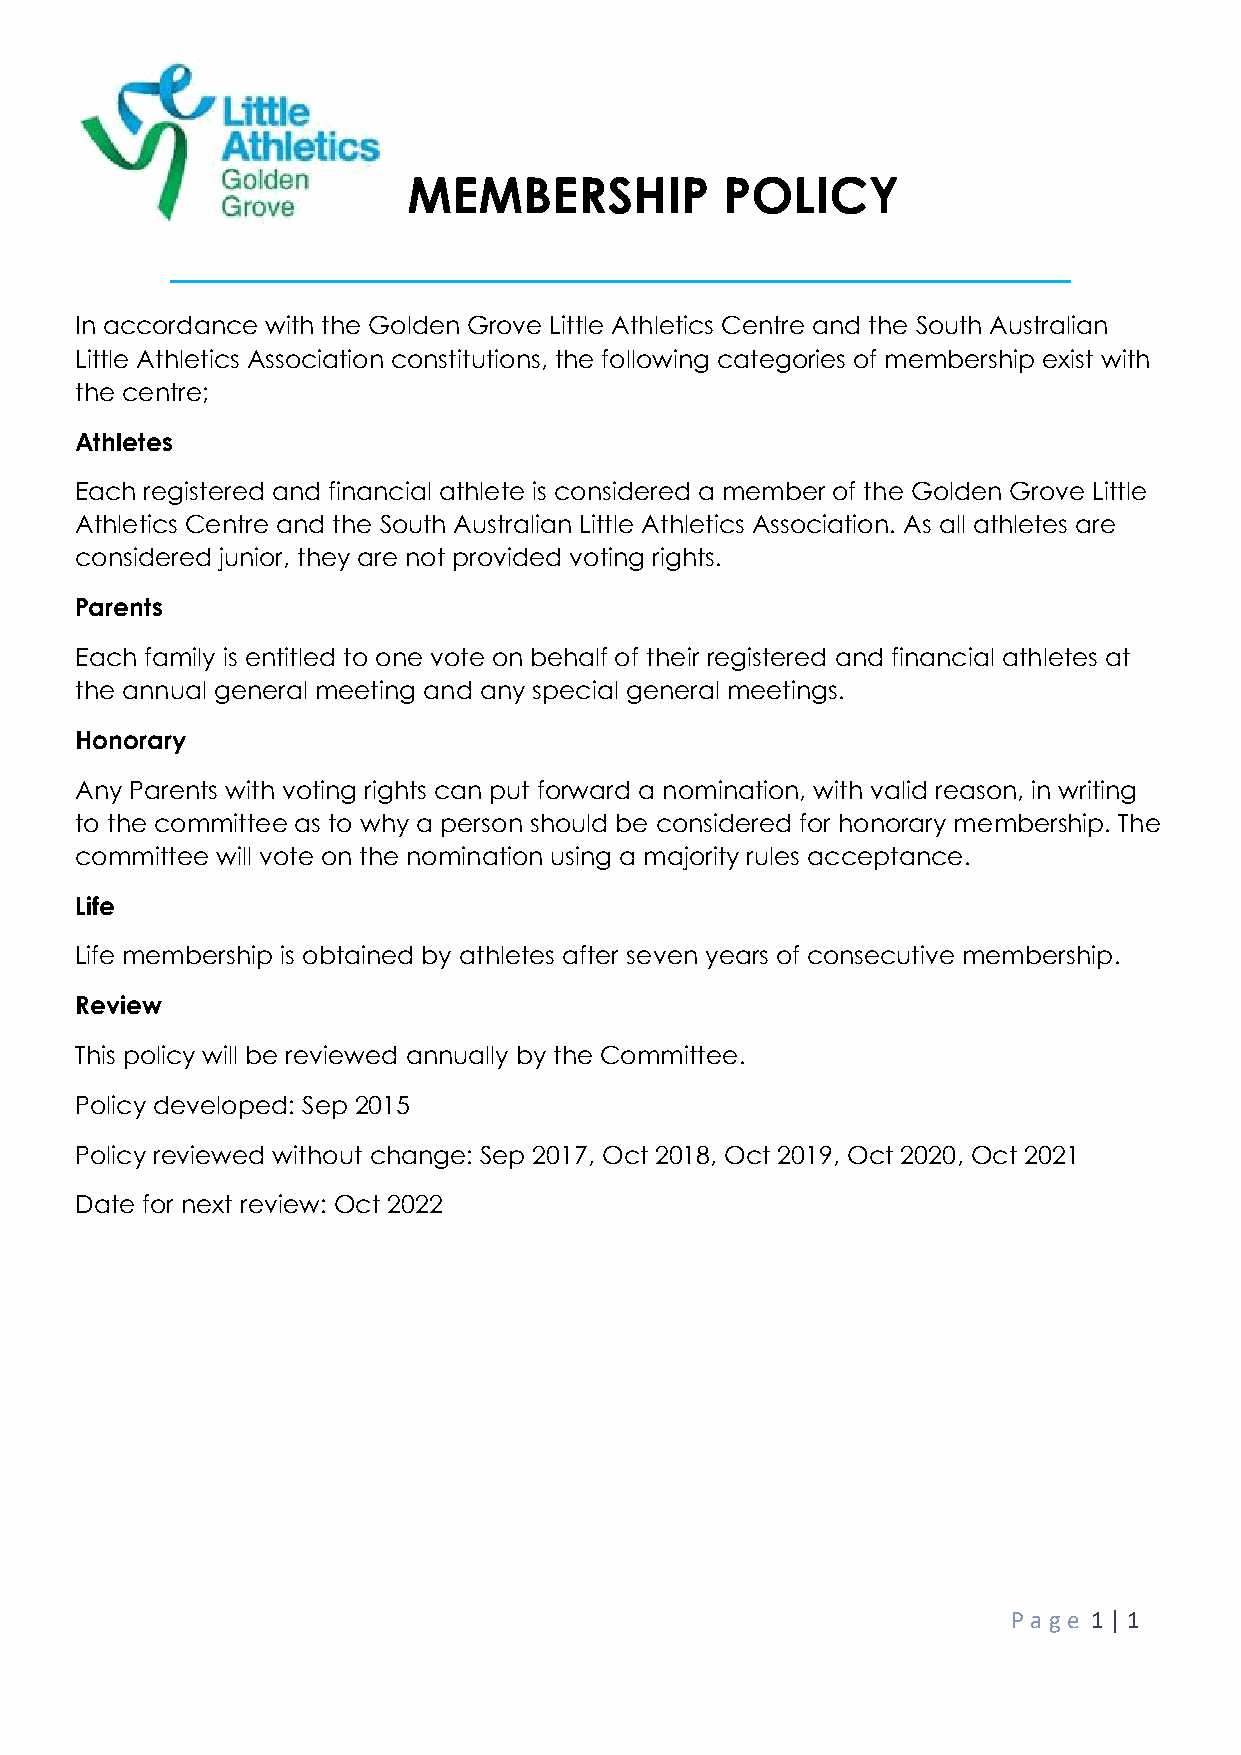
MEMBERSHIP           POLICY
 ____________________________________
 In accordance with the Golden Grove Little Athletics Centre and the South Australian
 Little Athletics Association constitutions, the following categories of membership exist with
 the centre;
 Athletes
 Each registered and financial athlete is considered a member of the Golden Grove Little
 Athletics Centre and the South Australian Little Athletics Association. As all athletes are
 considered junior, they are not provided voting rights.
 Parents
 Each family is entitled to one vote on behalf of their registered and financial athletes at
 the annual general meeting and any special general meetings.
 Honorary
 Any Parents with voting rights can put forward a nomination, with valid reason, in writing
 to the committee as to why a person should be considered for honorary membership. The
 committee will vote on the nomination using a majority rules acceptance.
 Life
 Life membership is obtained by athletes after seven years of consecutive membership.
 Review
 This policy will be reviewed annually by the Committee.
 Policy developed: Sep 2015
 Policy reviewed without change: Sep 2017, Oct 2018, Oct 2019, Oct 2020, Oct 2021
 Date for next review: Oct 2022
 P age 1 | 1